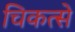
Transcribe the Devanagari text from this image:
चिकत्से